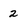
Character: 2